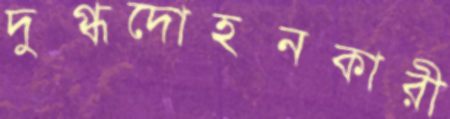
দুগ্ধদোহনকারী